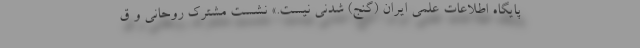
پایگاه اطلاعات علمی ایران (گنج) شدنی نیست.» نشست مشترک روحانی و ق